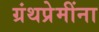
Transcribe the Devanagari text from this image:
ग्रंथप्रेमींना